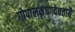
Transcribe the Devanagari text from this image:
गोपालकृष्णदेवतायै